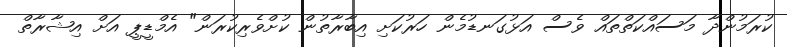
ކުރަމުންދާ މަސައްކަތްތައް ވެސް އަޅުގަނޑުމެން ހަރުކަށި އިބާރާތުން ކުށްވެރިކުރަން" އެމްޑީޕީ އަށް އިޝާރާތް